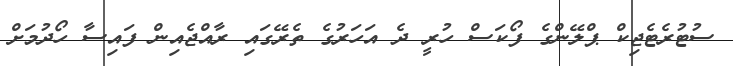
ސުޓުރެޓެޖިކް ޕްލޭންގެ ފޯކަސް ހުރީ ދެ އަހަރުގެ ތެރޭގައި ރާއްޖެއިން ފައިސާ ހޯދުމަށް